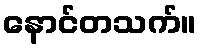
နောင်တသက်။